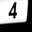
Digit: 4